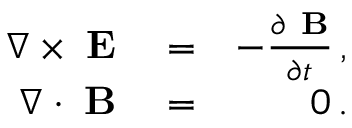
\begin{array} { r l r } { \nabla \times { \bf \delta E } } & { { } = } & { - \frac { \partial \, { \bf \delta B } } { \partial t } \, , } \\ { \nabla \cdot { \bf \delta B } } & { { } = } & { 0 \, . } \end{array}